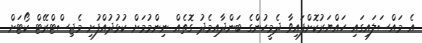
އެ މައްސަލައިގައި ހައްޔަރުކޮށްފައިވާ ދެމީހުންގެ ބަންދާއިމެދު ގޮތެއް ނިންމުމަށް ކުޅުދުއްފުށި މެޖިސްޓްރޭޓް ކޯޓަށް